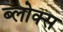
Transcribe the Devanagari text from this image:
ब्लोक्स